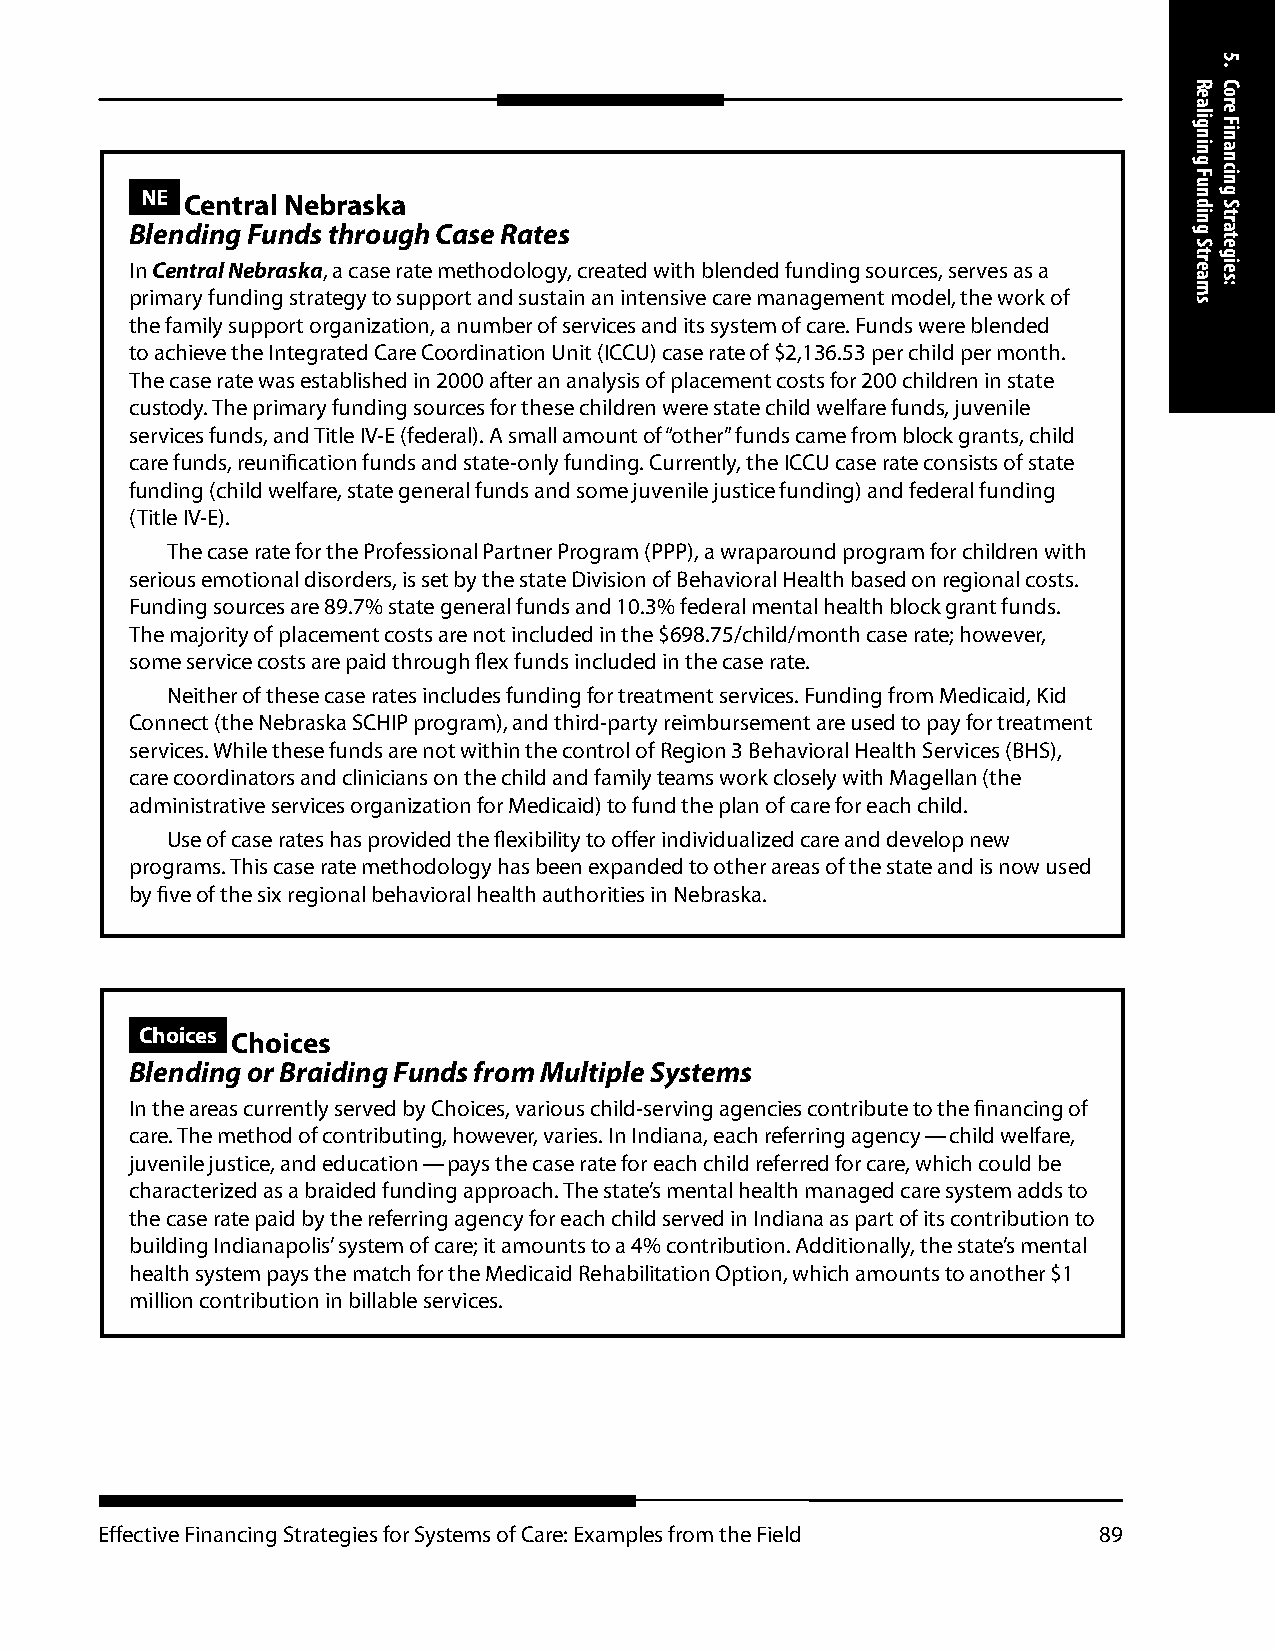
NE Central Nebraska
 Blending Funds through Case Rates
 In Central Nebraska, a case rate methodology, created with blended funding sources, serves as a
 primary funding strategy to support and sustain an intensive care management model, the work of
 the family support organization, a number of services and its system of care. Funds were blended
 to achieve the Integrated Care Coordination Unit (ICCU) case rate of $2,136.53 per child per month.
 The case rate was established in 2000 after an analysis of placement costs for 200 children in state
 custody. The primary funding sources for these children were state child welfare funds, juvenile
 services funds, and Title IV-E (federal). A small amount of “other” funds came from block grants, child
 care funds, reunification funds and state-only funding. Currently, the ICCU case rate consists of state
 funding (child welfare, state general funds and some juvenile justice funding) and federal funding
 (Title IV-E).
 The case rate for the Professional Partner Program (PPP), a wraparound program for children with
 serious emotional disorders, is set by the state Division of Behavioral Health based on regional costs.
 Funding sources are 89.7% state general funds and 10.3% federal mental health block grant funds.
 The majority of placement costs are not included in the $698.75/child/month case rate; however,
 some service costs are paid through flex funds included in the case rate.
 Neither of these case rates includes funding for treatment services. Funding from Medicaid, Kid
 Connect (the Nebraska SCHIP program), and third-party reimbursement are used to pay for treatment
 services. While these funds are not within the control of Region 3 Behavioral Health Services (BHS),
 care coordinators and clinicians on the child and family teams work closely with Magellan (the
 administrative services organization for Medicaid) to fund the plan of care for each child.
 Use of case rates has provided the flexibility to offer individualized care and develop new
 programs. This case rate methodology has been expanded to other areas of the state and is now used
 by five of the six regional behavioral health authorities in Nebraska.
 Choices Choices
 Blending or Braiding Funds from Multiple Systems
 In the areas currently served by Choices, various child-serving agencies contribute to the financing of
 care. The method of contributing, however, varies. In Indiana, each referring agency — child welfare,
 juvenile justice, and education — pays the case rate for each child referred for care, which could be
 characterized as a braided funding approach. The state’s mental health managed care system adds to
 the case rate paid by the referring agency for each child served in Indiana as part of its contribution to
 building Indianapolis’ system of care; it amounts to a 4% contribution. Additionally, the state’s mental
 health system pays the match for the Medicaid Rehabilitation Option, which amounts to another $1
 million contribution in billable services.
 Effective Financing Strategies for Systems of Care: Examples from the Field 89
 Realigning
 Funding
 Streams
 5.
 Core
 Financing
 Strategies: